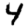
Digit: 4